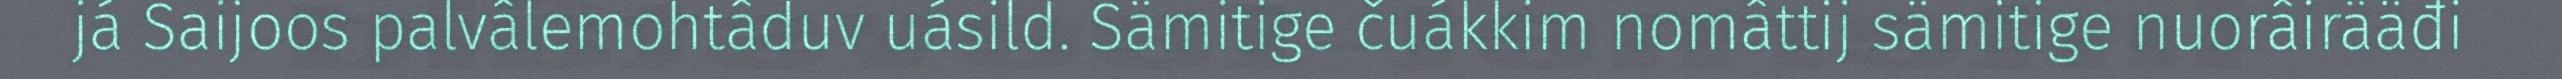
já Saijoos palvâlemohtâduv uásild. Sämitige čuákkim nomâttij sämitige nuorâirääđi